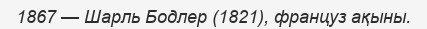
1867 — Шарль Бодлер (1821), француз ақыны.